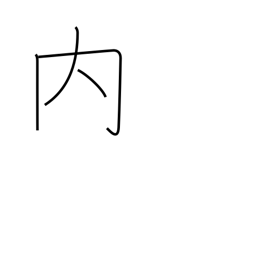
Meaning: among